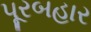
પૂરબહાર